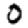
Digit: 0